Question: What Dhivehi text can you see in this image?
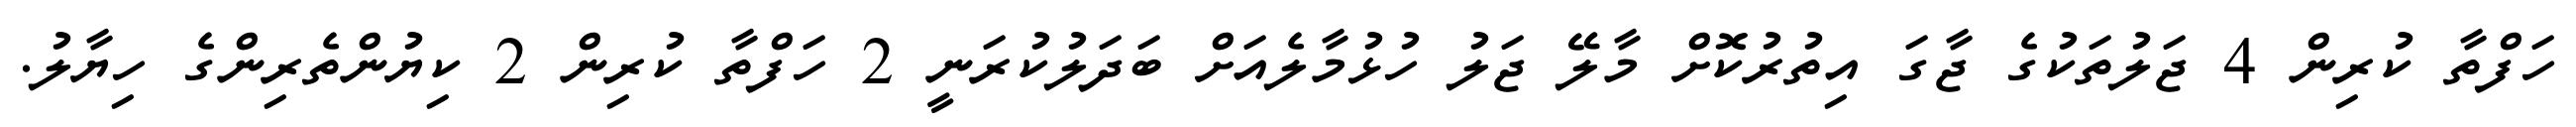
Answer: ހަފްތާ ކުރިން 4 ޖަލުތަކުގެ ޖާގަ އިތުރުކޮށް މާލޭ ޖަލު ހުޅުމާލެއަށް ބަދަލުކުރަނީ 2 ހަފްތާ ކުރިން 2 ކިޔުންތެރިންގެ ހިޔާލު.